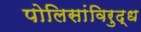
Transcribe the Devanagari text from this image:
पोलिसांविरुद्ध